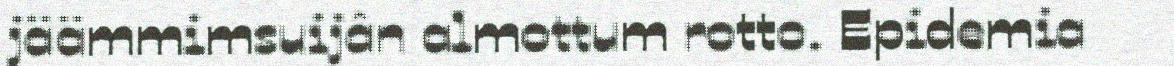
jäämmimsuijân almottum rotto. Epidemia